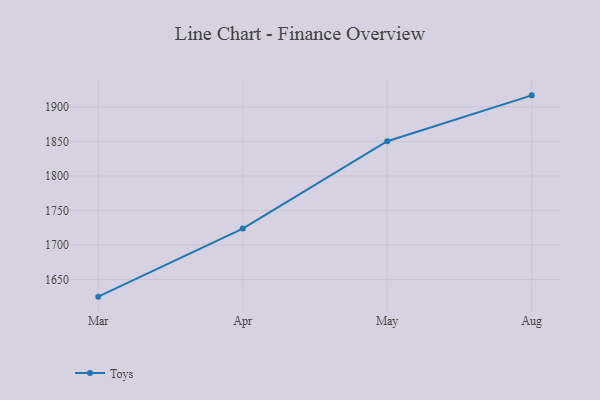
{"axis": {"x": "Month", "y": "Net Income (USD K)"}, "legend": ["Toys"], "data": [{"x": "Mar", "y": 1625.2, "type": "Toys"}, {"x": "Apr", "y": 1723.8, "type": "Toys"}, {"x": "May", "y": 1850.4, "type": "Toys"}, {"x": "Aug", "y": 1916.8, "type": "Toys"}]}